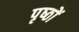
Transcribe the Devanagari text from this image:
पृष्‍ठों